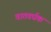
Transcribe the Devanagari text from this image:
वातवर्धक